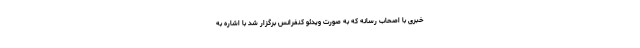
خبری با اصحاب رسانه که به صورت ویدئو کنفرانس برگزار شد با اشاره به